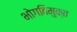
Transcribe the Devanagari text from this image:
भोगविमुक्त